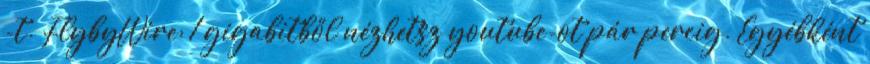
-t. FlybyWire: 1 gigabitből nézhetsz youtube-ot pár percig. Egyébként